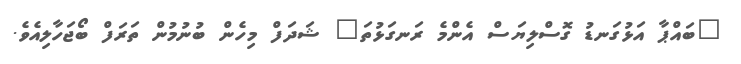
"ބައްޕާ އަޅުގަނޑު ގޮސްލިޔަސް އެންމެ ރަނގަޅުތަ" ޝަދަފް މިހެން ބުނުމުން ތަރަފް ބޯޖަހާލިއެވެ.